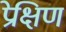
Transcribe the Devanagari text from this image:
प्रेक्षिण